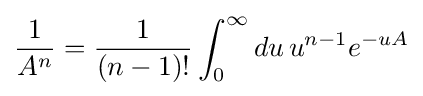
{\frac {1}{A^{n}}}={\frac {1}{(n-1)!}}\int _{0}^{\infty }du\,u^{n-1}e^{-uA}